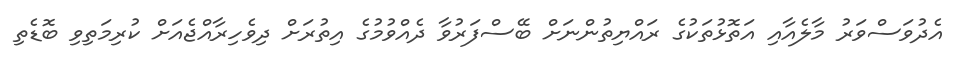
އެދުވަސްވަރު މާލެއާއި އަތޮޅުތަކުގެ ރައްޔިތުންނަށް ބޭސްފަރުވާ ދެއްވުމުގެ އިތުރަށް ދިވެހިރާއްޖެއަށް ކުރިމަތިވި ބޮޑެތި